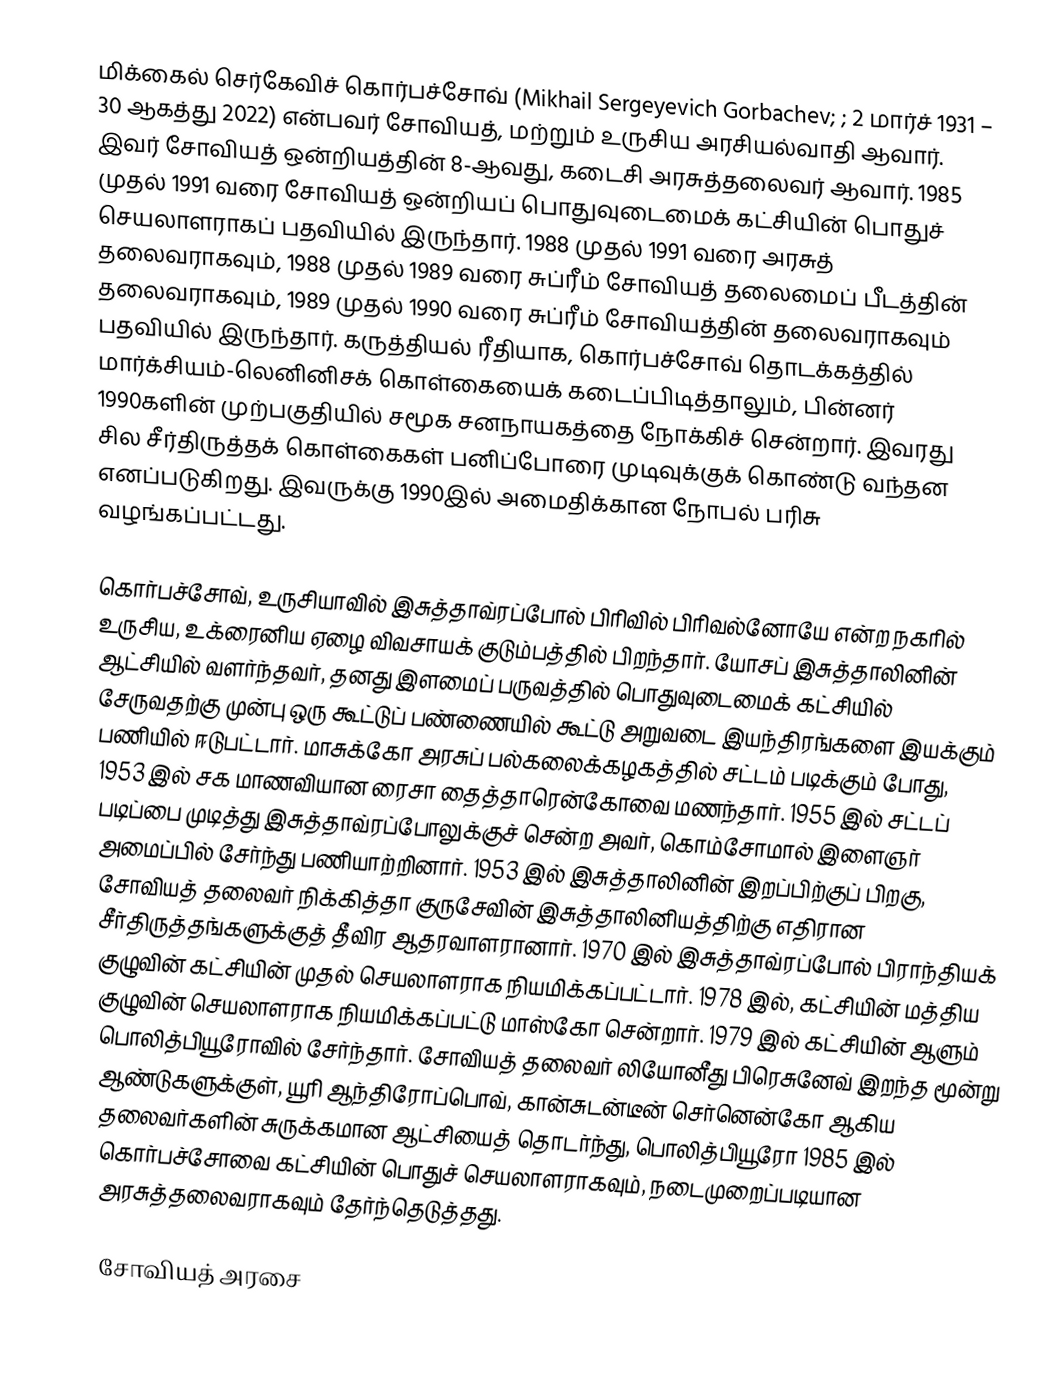
மிக்கைல் செர்கேவிச் கொர்பச்சோவ் (Mikhail Sergeyevich Gorbachev; ; 2 மார்ச் 1931 – 30 ஆகத்து 2022) என்பவர் சோவியத், மற்றும் உருசிய அரசியல்வாதி ஆவார். இவர் சோவியத் ஒன்றியத்தின் 8-ஆவது, கடைசி அரசுத்தலைவர் ஆவார். 1985 முதல் 1991 வரை சோவியத் ஒன்றியப் பொதுவுடைமைக் கட்சியின் பொதுச் செயலாளராகப் பதவியில் இருந்தார். 1988 முதல் 1991 வரை அரசுத் தலைவராகவும், 1988 முதல் 1989 வரை சுப்ரீம் சோவியத் தலைமைப் பீடத்தின் தலைவராகவும், 1989 முதல் 1990 வரை சுப்ரீம் சோவியத்தின் தலைவராகவும் பதவியில் இருந்தார். கருத்தியல் ரீதியாக, கொர்பச்சோவ் தொடக்கத்தில் மார்க்சியம்-லெனினிசக் கொள்கையைக் கடைப்பிடித்தாலும், பின்னர் 1990களின் முற்பகுதியில் சமூக சனநாயகத்தை நோக்கிச் சென்றார். இவரது சில சீர்திருத்தக் கொள்கைகள் பனிப்போரை முடிவுக்குக் கொண்டு வந்தன எனப்படுகிறது. இவருக்கு 1990இல் அமைதிக்கான நோபல் பரிசு வழங்கப்பட்டது.

கொர்பச்சோவ், உருசியாவில் இசுத்தாவ்ரப்போல் பிரிவில் பிரிவல்னோயே என்ற நகரில் உருசிய, உக்ரைனிய ஏழை விவசாயக் குடும்பத்தில் பிறந்தார். யோசப் இசுத்தாலினின் ஆட்சியில் வளர்ந்தவர், தனது இளமைப் பருவத்தில் பொதுவுடைமைக் கட்சியில் சேருவதற்கு முன்பு ஒரு கூட்டுப் பண்ணையில் கூட்டு அறுவடை இயந்திரங்களை இயக்கும் பணியில் ஈடுபட்டார். மாசுக்கோ அரசுப் பல்கலைக்கழகத்தில் சட்டம் படிக்கும் போது, 1953 இல் சக மாணவியான ரைசா தைத்தாரென்கோவை மணந்தார். 1955 இல் சட்டப் படிப்பை முடித்து இசுத்தாவ்ரப்போலுக்குச் சென்ற அவர், கொம்சோமால் இளைஞர் அமைப்பில் சேர்ந்து பணியாற்றினார். 1953 இல் இசுத்தாலினின் இறப்பிற்குப் பிறகு, சோவியத் தலைவர் நிக்கித்தா குருசேவின் இசுத்தாலினியத்திற்கு எதிரான சீர்திருத்தங்களுக்குத் தீவிர ஆதரவாளரானார். 1970 இல் இசுத்தாவ்ரப்போல் பிராந்தியக் குழுவின் கட்சியின் முதல் செயலாளராக நியமிக்கப்பட்டார். 1978 இல், கட்சியின் மத்திய குழுவின் செயலாளராக நியமிக்கப்பட்டு மாஸ்கோ சென்றார். 1979 இல் கட்சியின் ஆளும் பொலித்பியூரோவில் சேர்ந்தார். சோவியத் தலைவர் லியோனீது பிரெசுனேவ் இறந்த மூன்று ஆண்டுகளுக்குள், யூரி ஆந்திரோப்பொவ், கான்சுடன்டீன் செர்னென்கோ ஆகிய தலைவர்களின் சுருக்கமான ஆட்சியைத் தொடர்ந்து, பொலித்பியூரோ 1985 இல் கொர்பச்சோவை கட்சியின் பொதுச் செயலாளராகவும், நடைமுறைப்படியான அரசுத்தலைவராகவும் தேர்ந்தெடுத்தது.

சோவியத் அரசை